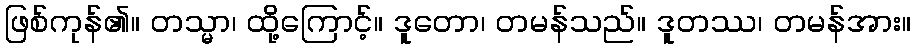
ဖြစ်ကုန်၏။ တသ္မာ၊ ထို့ကြောင့်။ ဒူတော၊ တမန်သည်။ ဒူတဿ၊ တမန်အား။